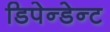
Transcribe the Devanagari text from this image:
डिपेन्डेन्ट